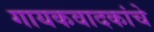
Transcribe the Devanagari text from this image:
गायकवादकांचे